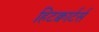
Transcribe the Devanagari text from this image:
हिटक्वार्टर्स